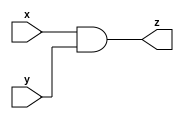
`timescale 1ns/10ps

module and_gate_16 (x, y, z);
  //parameter 16;
  input [15:0] x;
  input [15:0] y;
  output [15:0] z;
  
  assign z = (x&y) ;
  
  
endmodule